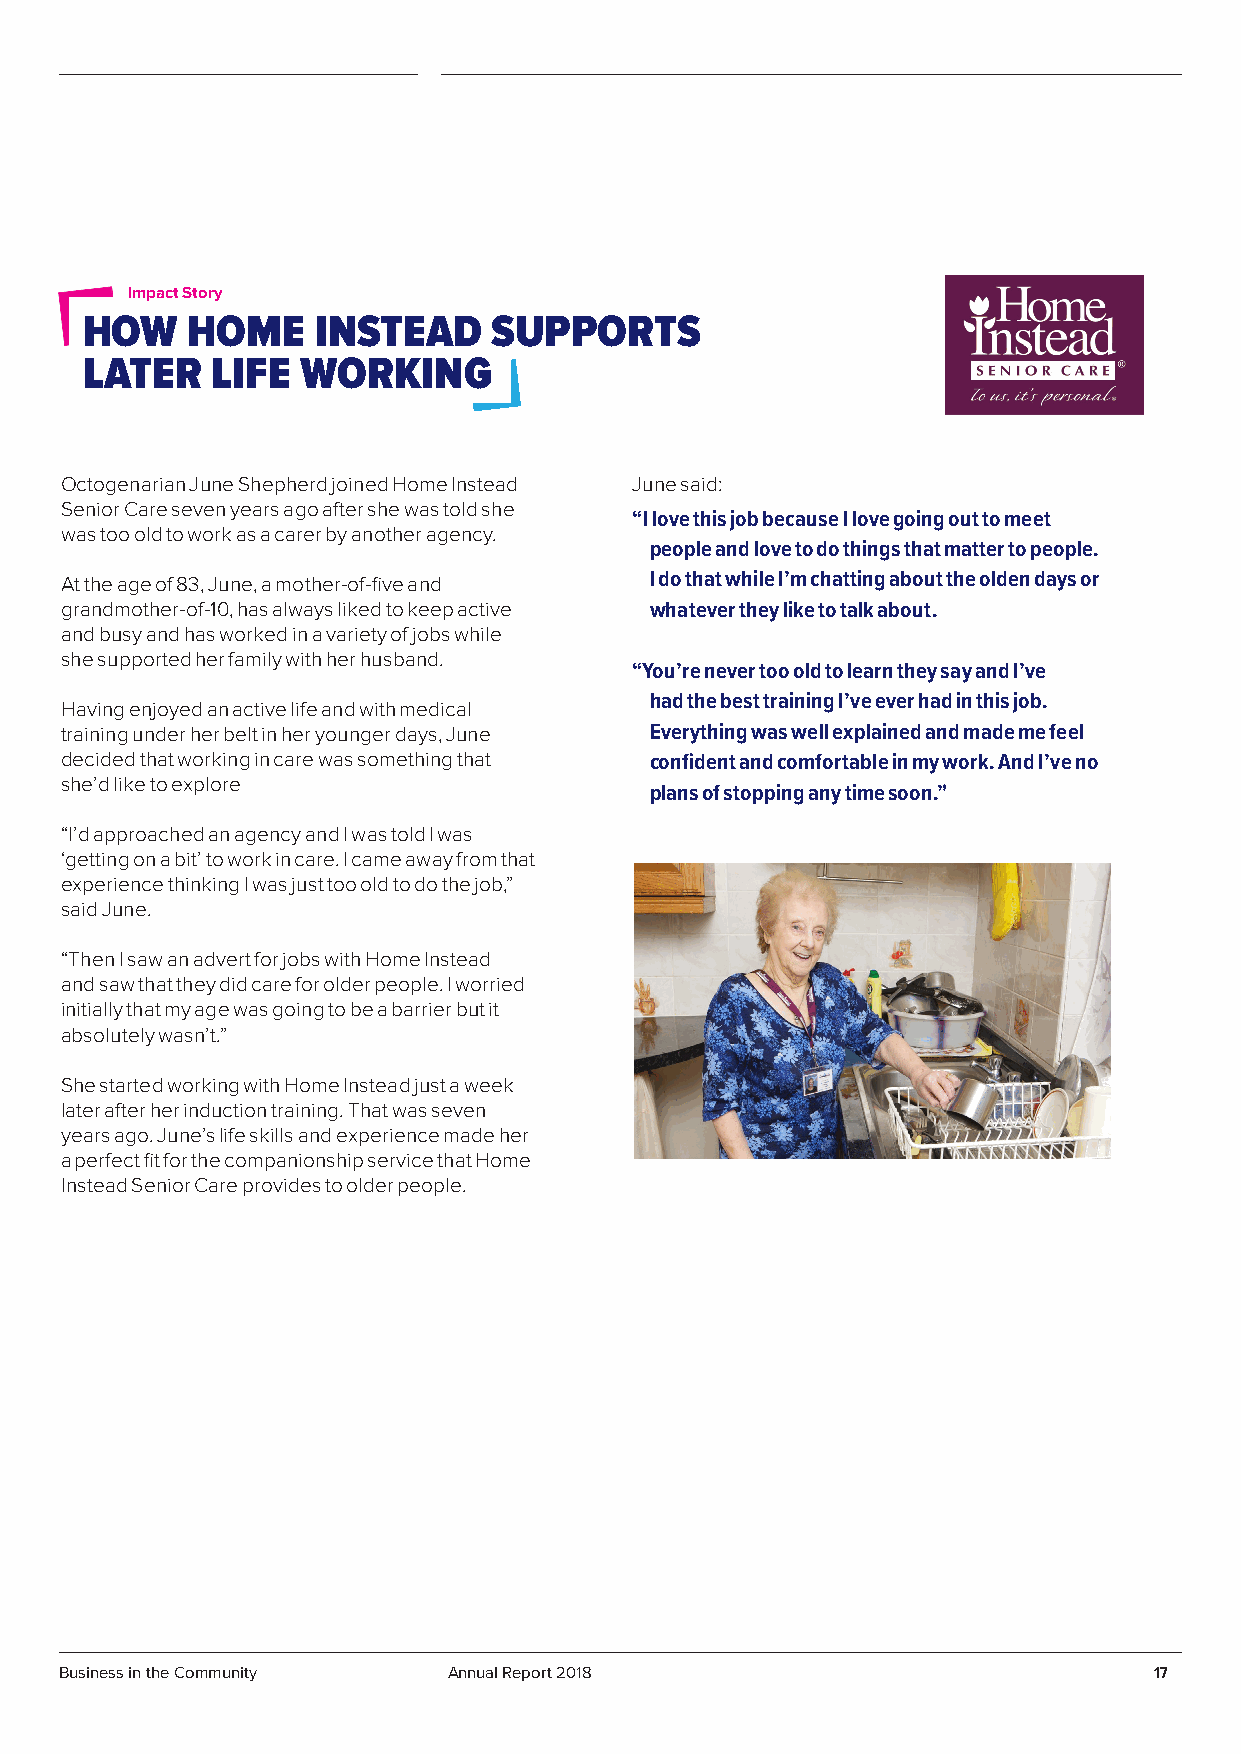
Impact Story
 HOW    HOME     INSTEAD     SUPPORTS
 LATER    LIFE  WORKING
 Octogenarian June Shepherd joined Home Instead June said:
 Senior Care seven years ago after she was told she
 “I love this job because I love going out to meet
 was too old to work as a carer by another agency.
 people and love to do things that matter to people.
 At the age of 83, June, a mother-of-five and I do that while I’m chatting about the olden days or
 grandmother-of-10, has always liked to keep active whatever they like to talk about.
 and busy and has worked in a variety of jobs while
 she supported her family with her husband.
 “You’re never too old to learn they say and I’ve
 had the best training I’ve ever had in this job.
 Having enjoyed an active life and with medical
 training under her belt in her younger days, June Everything was well explained and made me feel
 decided that working in care was something that confident and comfortable in my work. And I’ve no
 she’d like to explore
 plans of stopping any time soon.”
 “I’d approached an agency and I was told I was
 ‘getting on a bit’ to work in care. I came away from that
 experience thinking I was just too old to do the job,”
 said June.
 “Then I saw an advert for jobs with Home Instead
 and saw that they did care for older people. I worried
 initially that my age was going to be a barrier but it
 absolutely wasn’t.”
 She started working with Home Instead just a week
 later after her induction training. That was seven
 years ago. June’s life skills and experience made her
 a perfect fit for the companionship service that Home
 Instead Senior Care provides to older people.
 Business in the Community Annual Report 2018                            17